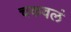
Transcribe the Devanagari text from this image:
चकवलं